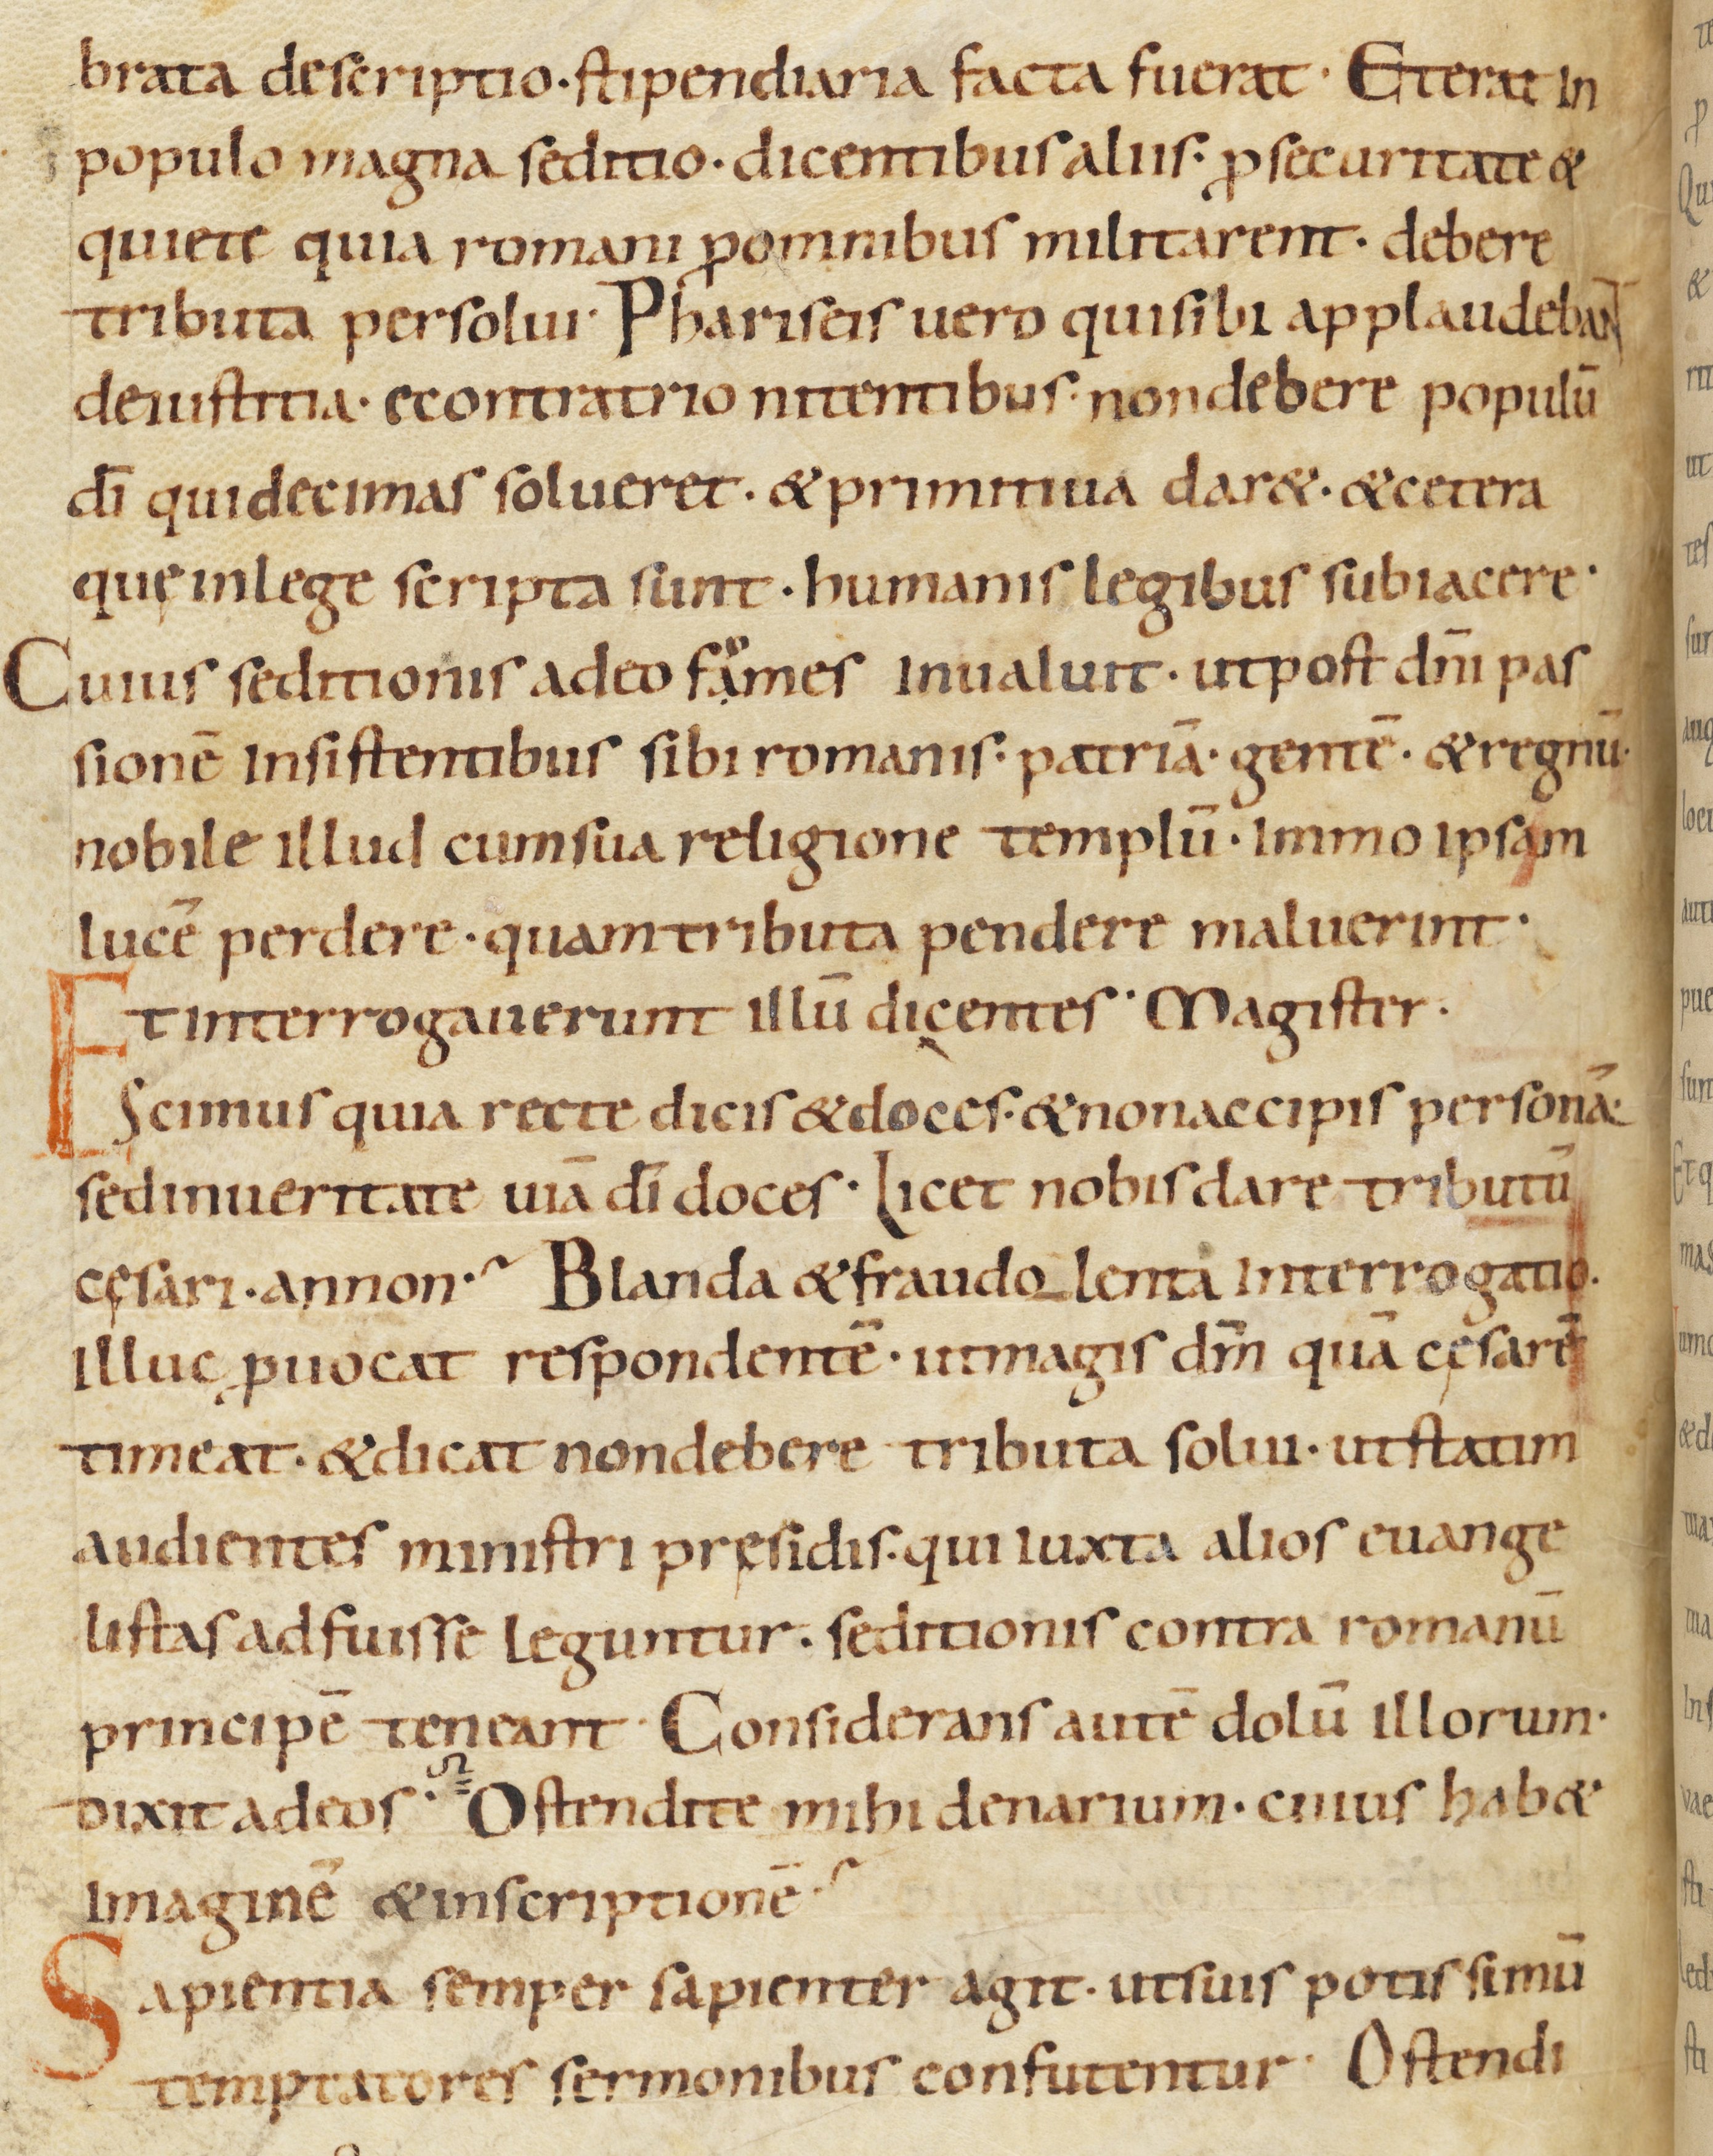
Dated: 900–999